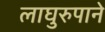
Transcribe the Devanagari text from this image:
लाघुरुपाने